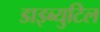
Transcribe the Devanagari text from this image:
डाइब्युटिल